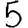
Digit: 5